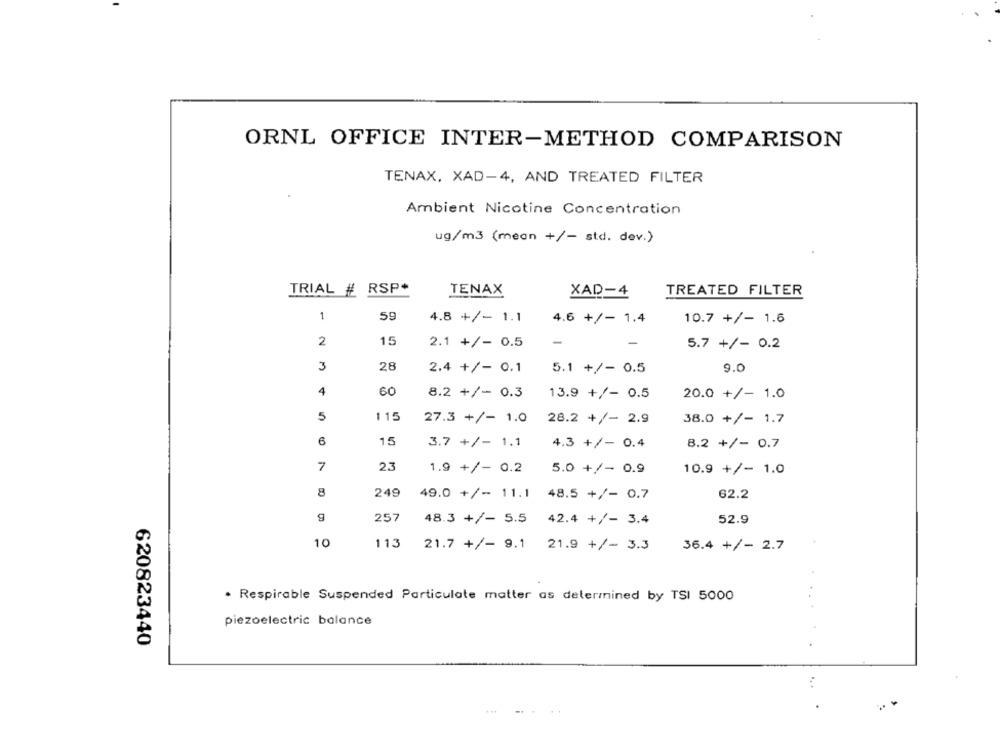
ORNL OFFICE INTER-METHOD COMPARISON
TENAX, XAD-4, AND TREATED FILTER
Ambient Nicotine Concentration
ug/m3 (mean +/- std. dev.)
TRIAL # RSP+
TENAX
XAD-4
TREATED FILTER
1
59
4.8 +/- 1.1
4.6 +/-
1.4
10.7 +/- 1.6
2
15
2.1 +/- 0.5
-
5.7 +/- 0.2
3
28
2.4 +/- 0.1
5.1 +/- 0.5
9.0
4
60
8.2 +/- 0.3
13.9 +/- 0.5
20.0 +/- 1.0
5
115
27.3 +/- 1.0
28.2 +/- 2.9
38.0 +/- 1.7
6
15
3.7 +/- 1.1
4.3 +/- 0.4
8.2 +/- 0.7
7
2.3
1.9 +/- 0.2
5.0 +/- 0.9
10.9 +/- 1.0
8
249
49.0 +/- 11.1
48.5 +/- 0.7
62.2
g
257
48.3 +/- 5.5
42.4 +/- 3.4
52.9
10
113
21.7 +/- 9.1 21.9 +/- 3.3
36.4 +/- 2.7
. Respirable Suspended Particulate matter as determined by TSI 5000
piezoelectric balance
620823440